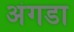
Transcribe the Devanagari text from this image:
अंगडा